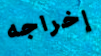
إخراجه